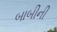
બાબીની